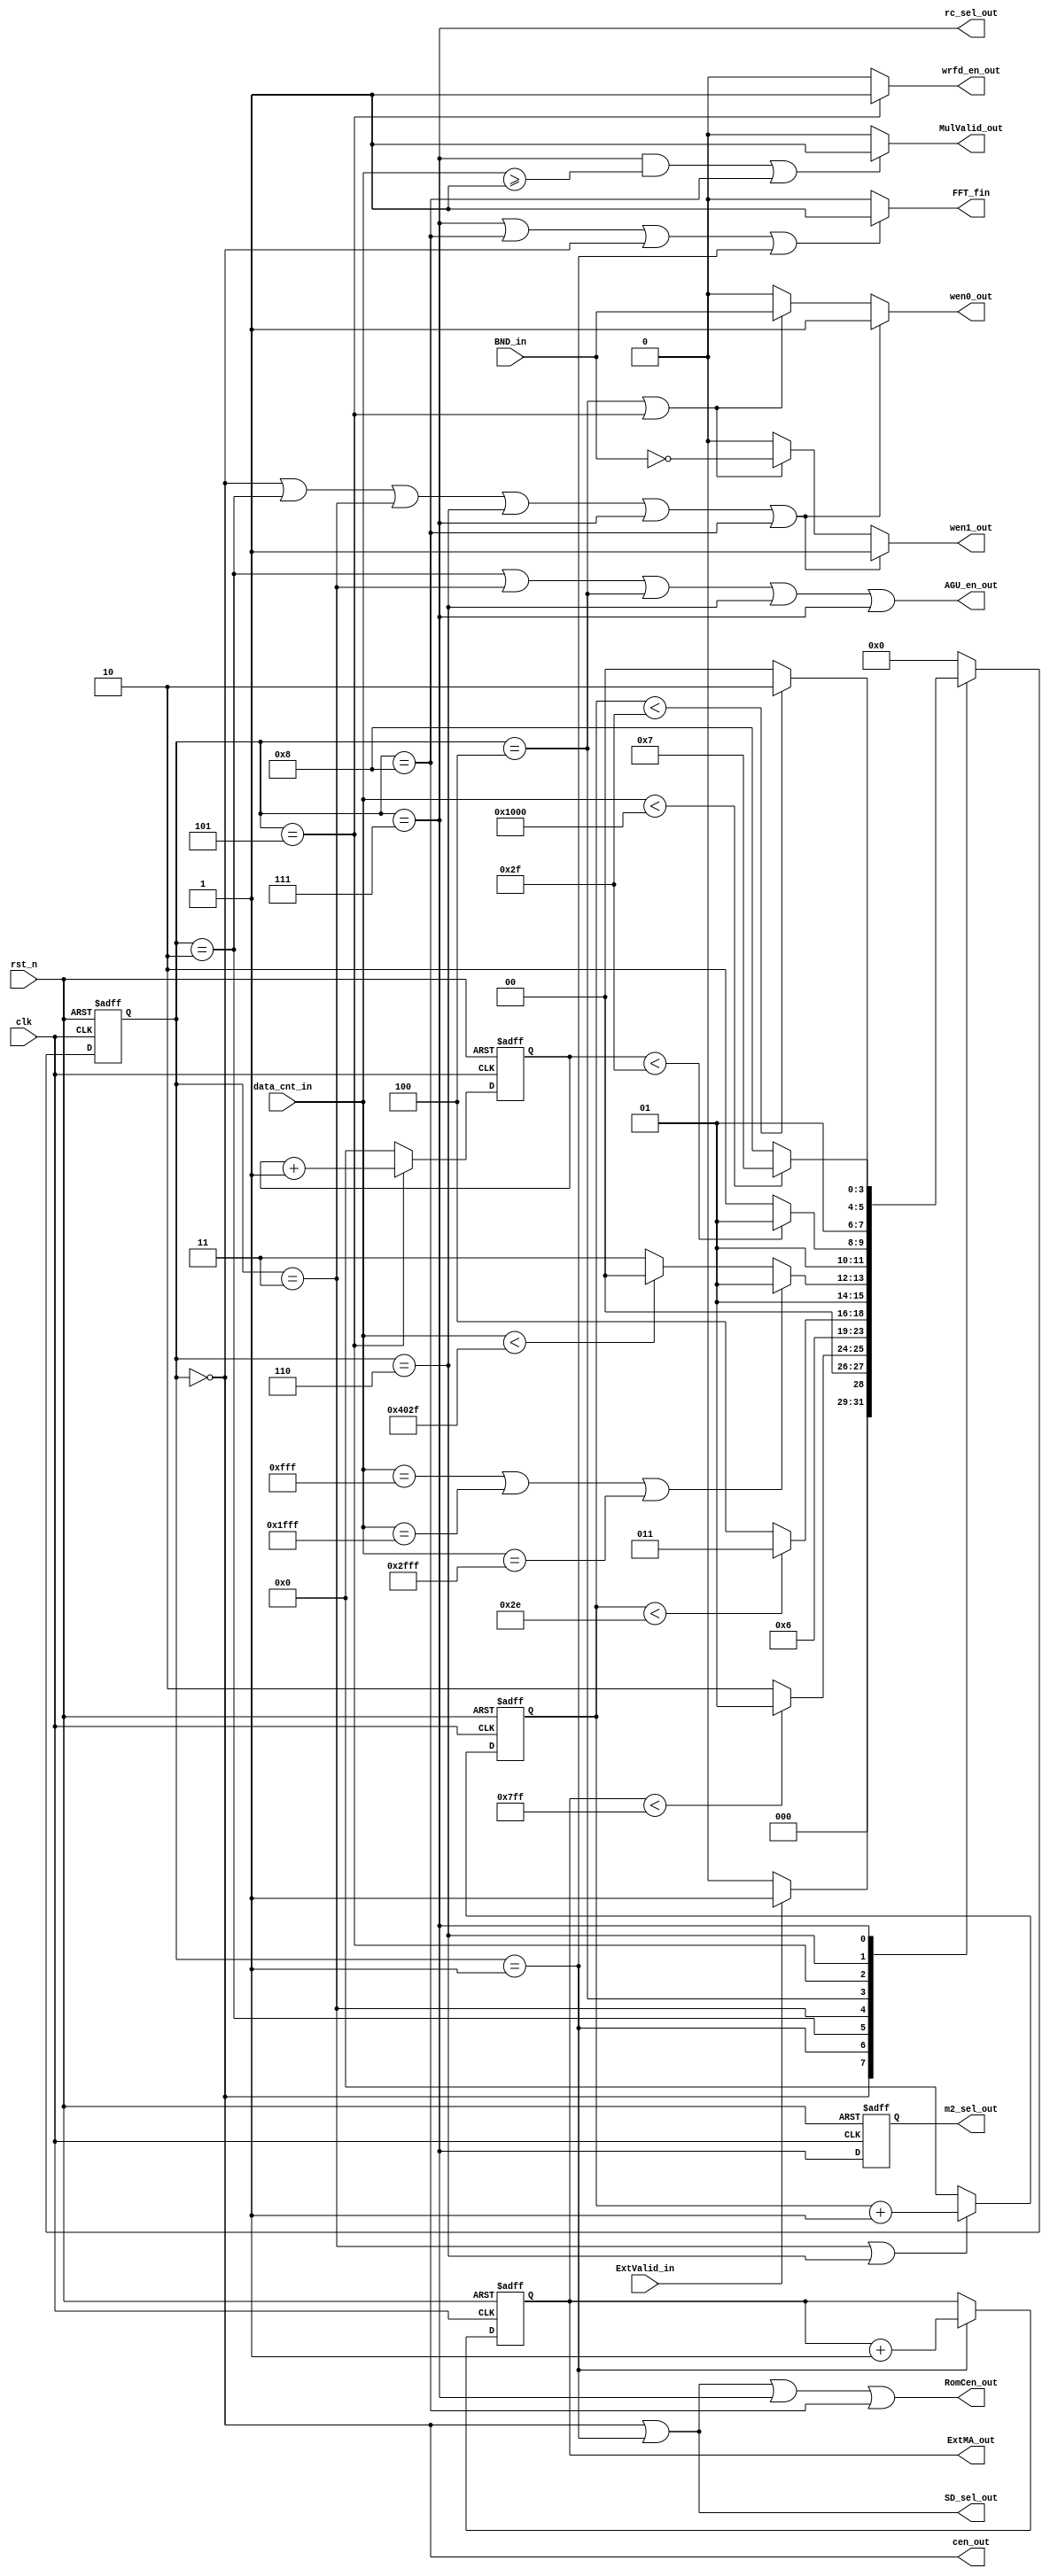
module CenCtrl(MulValid_out,                        
                cen_out,                               
                wen0_out,                              
                wen1_out,                              
                SD_sel_out,                            
                ExtMA_out,                             
                AGU_en_out,                            
                RomCen_out,                                                  
                rc_sel_out,                            
                m2_sel_out,                            
                wrfd_en_out,
                FFT_fin,   
                // input                        
                data_cnt_in,                           
                BND_in,                                
                ExtValid_in,                           
                rst_n,                               
                clk                                  
                ) ;                                  
 			   			                              
 parameter A_WIDTH  = 11 ;
 parameter DC_WIDTH = 15 ;
 parameter A_ZERO   = 11'h0;
                                     
 parameter S_WIDTH   = 4 ;           
 //INITIAL                           
 parameter INI              = 4'd0 ; 
 parameter LD_EXTD          = 4'd1 ; 
 parameter LD_EXTDF         = 4'd2 ; 
 parameter LD_STAGE1_ST     = 4'd3 ; 
 parameter ST_STAGE1        = 4'd4 ; 
 parameter WR_FIND          = 4'd5 ; 
 parameter LD_STAGE2_ST     = 4'd6 ; 
 parameter SET_OP           = 4'd7; 
 parameter SET_OPF          = 4'd8; 
   
 parameter EXTMA_V1 = 11'd2047;
 parameter DCNT_V1  = 15'd16431;
 parameter DCNT_V2  = 15'd4096;
 parameter DCNT_V3  = 15'd1;
 parameter DCNT_V4  = 15'd4095;
 parameter DCNT_V5  = 15'd8191;
 parameter DCNT_V6  = 15'd12287;
 
 
 output               MulValid_out ; 
 output               cen_out ;      
 output               wen0_out ;     
 output               wen1_out ;     
 output               SD_sel_out ;   
 output [A_WIDTH-1:0] ExtMA_out ;    
 output               AGU_en_out ;   
 output               RomCen_out ;   
 output               rc_sel_out ;   
 output               m2_sel_out ;   
 output               wrfd_en_out ; 
 output               FFT_fin; 
                                     
 input [DC_WIDTH-1:0] data_cnt_in ;  
 input                BND_in ;       
 input                ExtValid_in ;  
 input                rst_n ;        
 input                clk ;          
                                     
                                     
 reg   [S_WIDTH-1:0]  state ;        
 reg   [S_WIDTH-1:0]  next_state ;   
                                     
 reg   [A_WIDTH-1:0]  ExtMA_out ;    
 reg   [5:0]          WenCnt_reg ;   
 reg                  m2_sel_out ;   
 reg   [5:0]          Cnt1_reg ;     
                                     
                                     
 wire  [A_WIDTH-1:0]  ExtMA_wire ;   
 wire  [5:0]          WenCnt_wire ;  
 wire                 m2_sel_wire ;  
 wire  [5:0]          Cnt1_wire ;    
                                     
                                     
 	//                                
 	assign cen_out = (state == INI) ; 
 	                                  
 	//                                
 	assign wen0_out = ((state == INI)||(state == LD_EXTDF)||(state == LD_STAGE1_ST)                                                                                
 	                   ||(state == LD_STAGE2_ST)||(state == SET_OP)||(state == SET_OPF))? 1'b1 :                                                                                            
 	                  ((state == ST_STAGE1)||(state == WR_FIND))? BND_in : 1'b0 ;                                
 	                                                                                                                                                               
 	//                                                                                                                                                             
 	assign wen1_out = ((state == INI)||(state == LD_EXTDF)||(state == LD_STAGE1_ST)                                                                                
 	                   ||(state == LD_STAGE2_ST)||(state == SET_OP)||(state == SET_OPF))? 1'b1 :                                                               
 	                  ((state == ST_STAGE1)||(state == WR_FIND))? (~BND_in) : 1'b0 ;
 	                                                                                                                                                               
 	//                                                                                                                                                             
 	assign SD_sel_out = (state == INI)||(state == LD_EXTD) ;                                                                                                       
 	                                                                                                                                                               
 	// Ext Memory Address out                                                                                                                                      
 	assign ExtMA_wire = ((state == LD_EXTD))? (ExtMA_out + 1'b1) : ExtMA_out ;                                                                                     
 	                                                                                                                                                               
 	//                                                                                                                                                             
 	assign AGU_en_out = (state == LD_EXTDF)||(state == LD_STAGE1_ST)||(state == ST_STAGE1)                                                                         
 	                    ||(state == LD_STAGE2_ST)||(state == SET_OP);                                                                
 	                                                                                                                                                               
 	//                                                                                                                                                             
 	assign RomCen_out = (state == INI)||(state == LD_EXTD)||(state == SET_OP)||(state == SET_OPF) ; //modify 2020/02/24                                            
 	                                                                                                                                                               
 	// Counter for computing 47 butterfly units in stage1                                                                                                          
 	assign WenCnt_wire = ((state == LD_STAGE1_ST)||(state == LD_STAGE2_ST))? (WenCnt_reg + 1'b1) : 4'd0 ;
                                                                                                                                                                                                                                                                                                                                
 	//                                                                                                                                                             
 	//assign rc_sel_out = (state == SET_RC) ;//modify 2020/02/24                                                                                                   
 	assign rc_sel_out = (state == SET_OP);                                                                                                                         
 	//                                                                                                                                                             
 	//assign m2_sel_wire = (state == SET_RC) ; //modify 2020/02/24                                                                                                 
 	assign m2_sel_wire = (state == SET_OP);                                                                                                                        
 	//                                                                                                                                                             
 	//assign MulValid_out = (((state == SET_RC)&&(data_cnt_in>=DCNT_V3))||(state == SET_RCF)) ? 1'b1 : 1'b0 ;                                                      
 	assign MulValid_out = (((state == SET_OP)&&(data_cnt_in>=DCNT_V3))||(state == SET_OPF)) ? 1'b1 : 1'b0 ; //modify                                               
 	//                                                                                                                                                             
 	assign Cnt1_wire = (state == WR_FIND) ? (Cnt1_reg + 1'b1) : 6'd0 ;                                                                   
 	                                                                                                                                                               
 	// for RDCsel counter                                                                                                                                          
 	assign wrfd_en_out = (state == WR_FIND) ? 1'b1 : 1'b0 ;                                                                                
 	                                                                                                                                                               
 	assign FFT_fin = ( (state == SET_OP) || (state ==SET_OPF) || (state ==INI) || (state ==LD_EXTD) )? 1'd1 : 1'd0;                                                                                                                                                     
 	//                                                                                                                                                             
   always @(*) begin                                                                                                                                              
       case(state)                                                                                                                                                
           INI: begin                                                                                                                                             
                   if(ExtValid_in) next_state = LD_EXTD ;                                                                                                         
                   else next_state = INI ;                                                                                                                        
               end                                                                                                                                               
           // LOAD  Extdata to SRAM	                                                                                                                           
           LD_EXTD: begin                                                                                                                                         
                       if(ExtMA_out < EXTMA_V1) next_state = LD_EXTD ;                                                                                            
                       else next_state = LD_EXTDF ;                                                                                                               
                    end                                                                                                                                           
           // LOAD  Final Extdata to SRAM	and  Compute dataCount                                                                                                 
           LD_EXTDF: begin                                                                                                                                        
                        next_state = LD_STAGE1_ST ;                                                                                                                
                     end                                                                                                                                          
           // Compute FFT                                                                                                                                         
           LD_STAGE1_ST: begin                                                                                                                                    
                           if(WenCnt_reg < 6'd46) next_state = LD_STAGE1_ST ;                                                                                     
                           else next_state = ST_STAGE1 ;                                                                                                          
                        end                                                                                                                                      
           ST_STAGE1: begin                                                                                                                                       
                         if((data_cnt_in==DCNT_V4)||(data_cnt_in==DCNT_V5)||(data_cnt_in==DCNT_V6) ) next_state = WR_FIND ;
                         else if(data_cnt_in < DCNT_V1) next_state = ST_STAGE1 ;                       
                         else next_state = SET_OP ;                                                  
                      end                                                                            
             // Write 48 FFT data to SRAM in stage1                                                  
           WR_FIND: begin                                                                            
                       if(Cnt1_reg < 6'd47) next_state = WR_FIND ; //modify                          
                       else next_state = LD_STAGE2_ST ;                                              
                    end                                                                              
 			// Stage2 and other Stages, just Read FFT data, Counter for computing 48 butterfly units  
           LD_STAGE2_ST: begin                                                                       
                            if(WenCnt_reg < 6'd47) next_state = LD_STAGE2_ST ;                        
                            else next_state = ST_STAGE1 ;                                             
                         end                                                                                                                    
           SET_OP:begin                                                                               
                    if(data_cnt_in < DCNT_V2) next_state = SET_OP ;                                   
                    else next_state = SET_OPF ;                                                       
                 end                                                                                  
           SET_OPF:begin                                                                              
                        next_state = INI;  //modify 2020/02/24                                        
                     end			                                                                   
 		//                                                                                             
       default: next_state = INI ;  		                                                           
       endcase                                                                                        
   end                                                                                                
 
 	//                                                     
   always @(posedge clk or negedge rst_n) begin           
       if(~rst_n) begin                                   
           state <= INI ;                                 
           ExtMA_out <= A_ZERO ;                          
           WenCnt_reg <= 6'd0 ;                           
           m2_sel_out <= 1'b0 ; //modify 2020/02/24       
           Cnt1_reg <= 6'd0 ;                             
       end                                                
       else begin                                         
           state <= next_state ;                          
           ExtMA_out <= ExtMA_wire ;                      
           WenCnt_reg <= WenCnt_wire ;                    
           m2_sel_out <= m2_sel_wire ; //modify 2020/02/24
           Cnt1_reg <= Cnt1_wire ;                        
       end                                                
   end                                                    


 endmodule